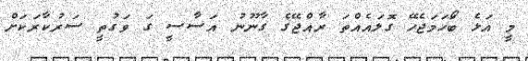
މީ އަޅެ ބޯަހަމަޖެހޭ ގޮލައެއްތަ ރާއްޖޭގެ ގާނޫނު އަސާސީ ގަ ވަގުތީ ސަރުކާރަކަށް